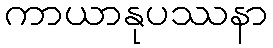
ကာယာနုပဿနာ